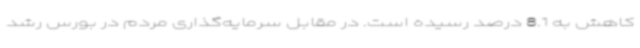
کاهش به 8.1 درصد رسیده است. در مقابل سرمایه‌گذاری مردم در بورس رشد